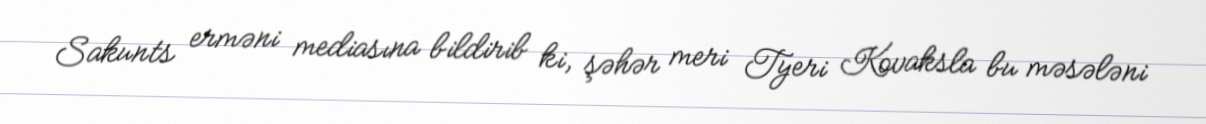
Sakunts erməni mediasına bildirib ki, şəhər meri Tyeri Kovaksla bu məsələni